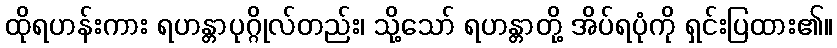
ထိုရဟန်းကား ရဟန္တာပုဂ္ဂိုလ်တည်း၊ သို့သော် ရဟန္တာတို့ အိပ်ရပုံကို ရှင်းပြထား၏။